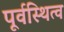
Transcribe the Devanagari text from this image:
पूर्वस्थित्व